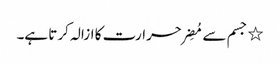
٭ جسم سے مُضِر حرارت کا ازالہ کرتا ہے۔